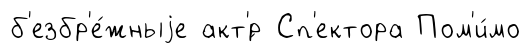
б'езбр'е́жныjе акт'́р Сп'ектора Пом'и́мо